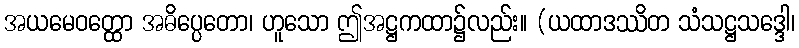
အယမေဝတ္ထော အဓိပ္ပေတော၊ ဟူသော ဤအဋ္ဌကထာ၌လည်း။ (ယထာဒဿိတ သံသဋ္ဌသဒ္ဒေါ၊